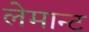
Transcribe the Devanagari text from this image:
लेमान्ट